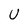
Character: u